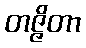
တဇ္ဇိတာ